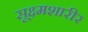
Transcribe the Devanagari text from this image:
सूक्ष्मशारीर